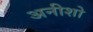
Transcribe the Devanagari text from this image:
अनीशो